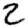
Digit: 2